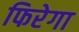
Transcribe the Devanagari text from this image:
फिरेगा